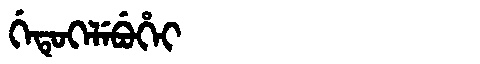
Manchu: ᡤᡝᡨᡠᡴᡝᠯᡝᠪᡠᡥᡝᡳ
Romanization: GETUKELEBUHEI